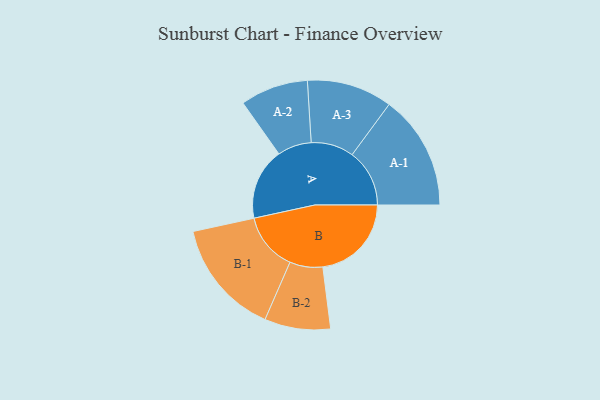
{"axis": {"x": "Segment", "y": "Value"}, "legend": ["", "A", "B"], "data": [{"x": "A", "y": 361, "type": ""}, {"x": "B", "y": 446, "type": ""}, {"x": "A-1", "y": 289, "type": "A"}, {"x": "A-2", "y": 171, "type": "A"}, {"x": "A-3", "y": 215, "type": "A"}, {"x": "B-1", "y": 292, "type": "B"}, {"x": "B-2", "y": 166, "type": "B"}]}